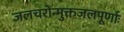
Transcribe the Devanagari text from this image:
जलचरोन्मुक्तजलपूर्णाः